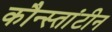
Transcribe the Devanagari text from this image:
कौन्स्तांटीन